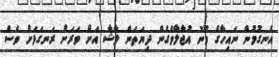
އެނގުމުން ނައިހާގެ މޫނު އުޖާލާވެގެން ދިޔަތަން ލާޝާ އަށް ވަރަށް ރަނގަޅަށް ވެސް